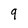
Character: 9